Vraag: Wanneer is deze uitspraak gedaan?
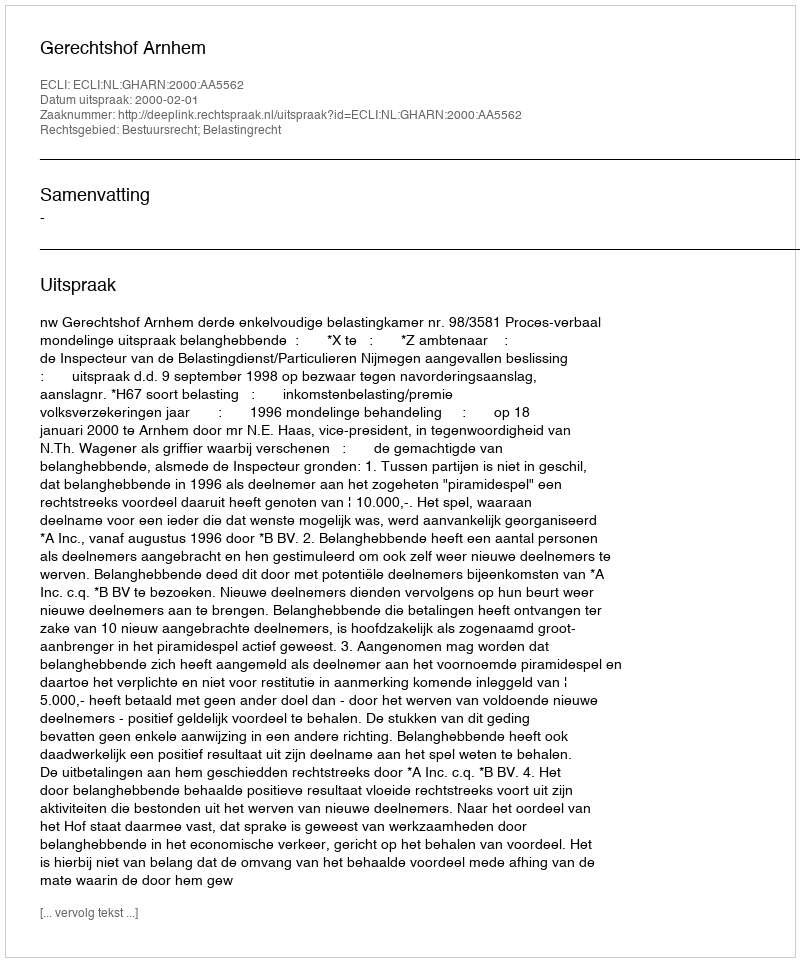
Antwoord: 2000-02-01